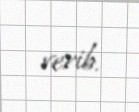
verib.